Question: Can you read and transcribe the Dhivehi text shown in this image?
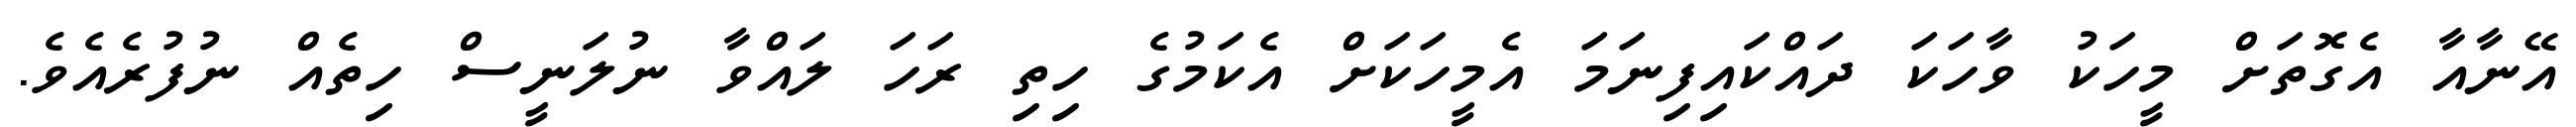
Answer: އޭނާއާ އެގޮތަށް މީހަކު ވާހަކަ ދައްކައިފިނަމަ އެމީހަކަށް އެކަމުގެ ހިތި ރަހަ ލައްވާ ނުލަނީސް ހިތެއް ނުފުރެއެވެ.